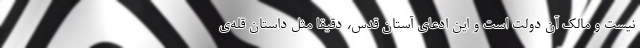
نیست و مالک آن دولت است و این ادعای آستان قدس، دقیقاً مثل داستان قله‌ی